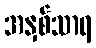
အနှစ်သာရ